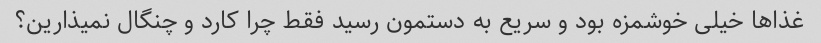
غذاها خیلی خوشمزه بود و سریع به دستمون رسید فقط چرا کارد و چنگال نمیذارین؟